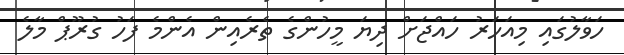
ހަވާލުގައި މިއަހަރު ހައްޖަށް ދިޔަ މީހުންގެ ތެރެއިން އެންމެ ފަހު ގުރޫޕް މާލެ